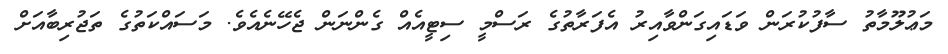
މަޢުލޫމާތު ސާފުކުރަން ވަޑައިގަންވާއިރު އެފަރާތުގެ ރަސްމީ ސިޓީއެއް ގެންނަން ޖެހޭނެއެވެ. މަސައްކަތުގެ ތަޖުރިބާއަށް